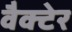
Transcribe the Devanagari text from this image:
वैक्टेर